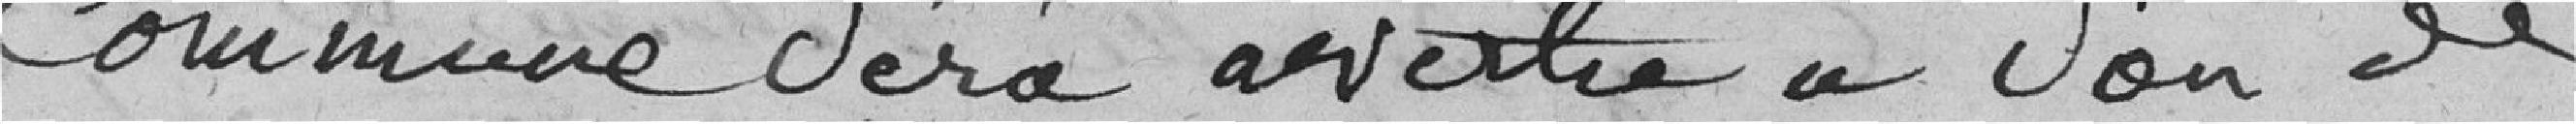
Commune sera avertie à son de